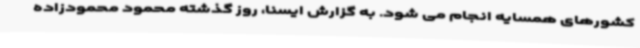
کشورهای همسایه انجام می شود. به گزارش ایسنا، روز گذشته محمود محمودزاده